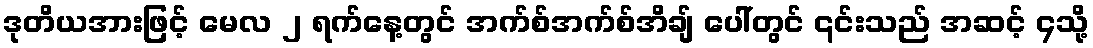
ဒုတိယအားဖြင့် မေလ ၂ ရက်နေ့တွင် အက်စ်အက်စ်အိချ် ပေါ်တွင် ၎င်းသည် အဆင့် ၄သို့